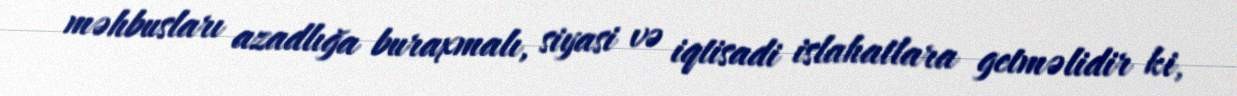
məhbusları azadlığa buraxmalı, siyasi və iqtisadi islahatlara getməlidir ki,